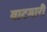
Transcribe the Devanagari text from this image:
वाटमारी